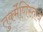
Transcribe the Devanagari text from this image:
तुर्क्मेणिस्तान